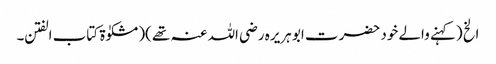
الخ (کہنے والے خود حضرت ابو ہریرہ رضی اللہ عنہ تھے )(مشکوٰۃ کتاب الفتن ۔